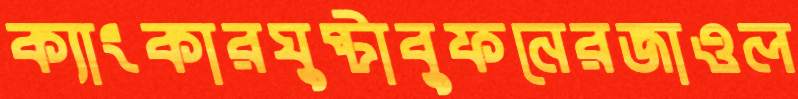
ক্যাংকারঘুষ্টাবুফনেরজাওল